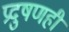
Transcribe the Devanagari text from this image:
प्रदुषणही